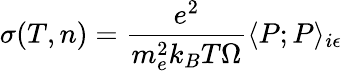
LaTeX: \sigma(T,n)=\frac{e^{2}}{m_{e}^{2}k_{B}T\Omega}\langle P;P\rangle_{i\epsilon}